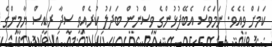
ކަމަށް ވެއެވެ. ނަމަވެސް އެބޭފުޅުންގެ ވިސްނުން ބަދަލު ކުރެއްވީ ސީދާ ރައީސް ޔާމީންގެ